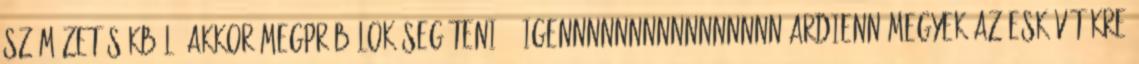
száműzetésükből, akkor megpróbálok segíteni.:- Igennnnnnnnnnnnnnnn Ardienn Megyek az eskövőtőkre